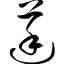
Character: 莛